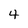
Character: 4